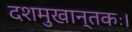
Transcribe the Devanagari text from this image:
दशमुखान्तकः।